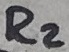
Text: R2